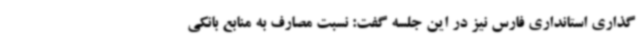
گذاری استانداری فارس نیز در این جلسه گفت: نسبت مصارف به منابع بانکی